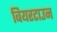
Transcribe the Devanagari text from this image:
बियरटाउन